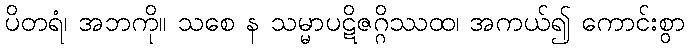
ပိတရံ၊ အဘကို။ သစေ န သမ္မာပဋိဇဂ္ဂိဿထ၊ အကယ်၍ ကောင်းစွာ